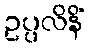
ဥပ္ပလိနိံ